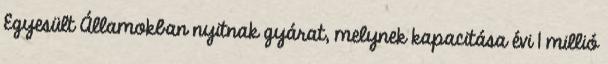
Egyesült Államokban nyitnak gyárat, melynek kapacitása évi 1 millió